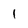
Character: 1